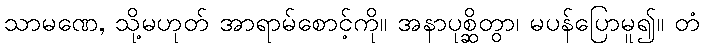
သာမဏေ, သို့မဟုတ် အာရာမ်စောင့်ကို။ အနာပုစ္ဆိတွာ၊ မပန်ပြောမူ၍။ တံ